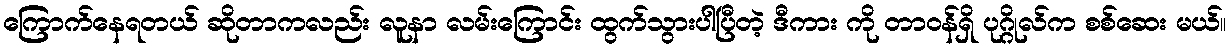
ကြောက်နေရတယ် ဆိုတာကလည်း လူနာ လမ်းကြောင်း ထွက်သွားပါပြီတဲ့ ဒီကား ကို တာဝန်ရှိ ပုဂ္ဂိုလ်က စစ်ဆေး မယ်။